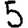
Digit: 5